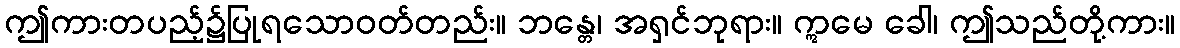
ဤကားတပည့်၌ပြုရသောဝတ်တည်း။ ဘန္တေ၊ အရှင်ဘုရား။ ဣမေ ခေါ၊ ဤသည်တို့ကား။